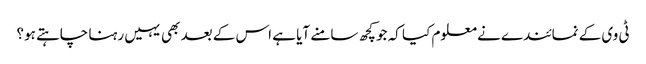
ٹی وی کے نمائندے نے معلوم کیا کہ جو کچھ سامنے آیا ہے اس کے بعد بھی یہیں رہنا چاہتے ہو؟